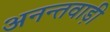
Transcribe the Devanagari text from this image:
अनन्तवाड़ी